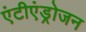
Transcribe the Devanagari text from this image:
एंटीएंड्रोजन